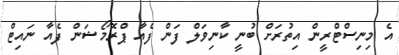
އެ މިނިސްޓްރީން އިތުރަށް ބުނީ ކާނިވަލް ފަން ފެއާ ޕްރޮމޯޝަން ފެއާ ނައިޓް